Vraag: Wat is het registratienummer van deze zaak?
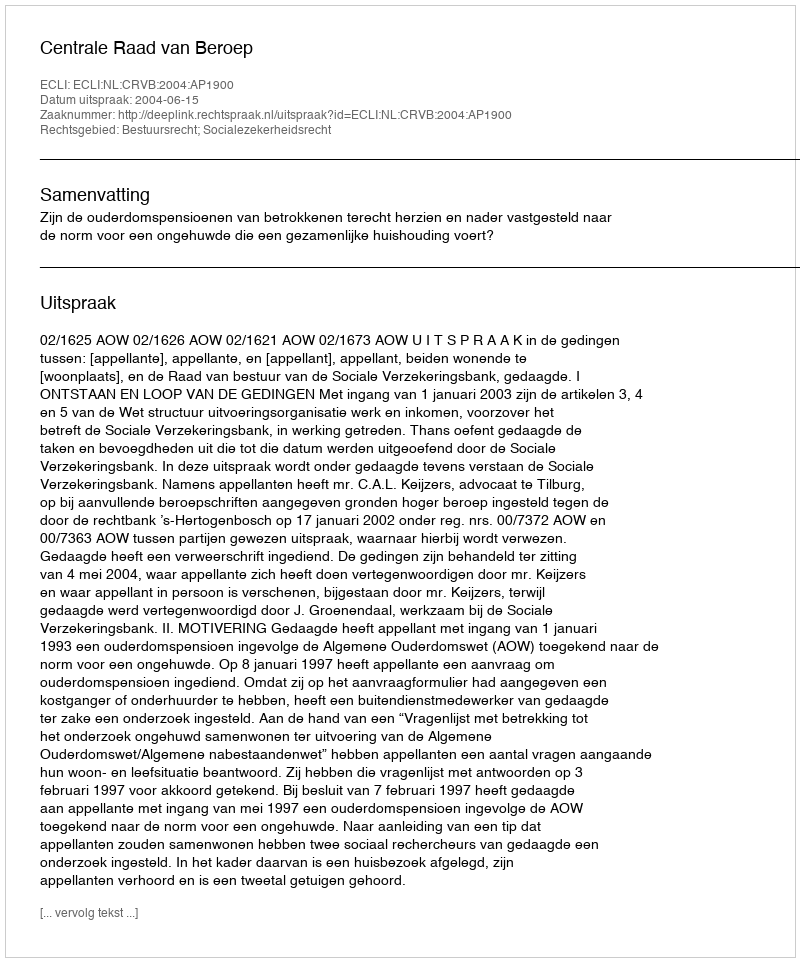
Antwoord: http://deeplink.rechtspraak.nl/uitspraak?id=ECLI:NL:CRVB:2004:AP1900